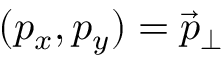
( p _ { x } , p _ { y } ) = \vec { p } _ { \perp }